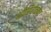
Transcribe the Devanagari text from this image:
श्रीशिरोळकर